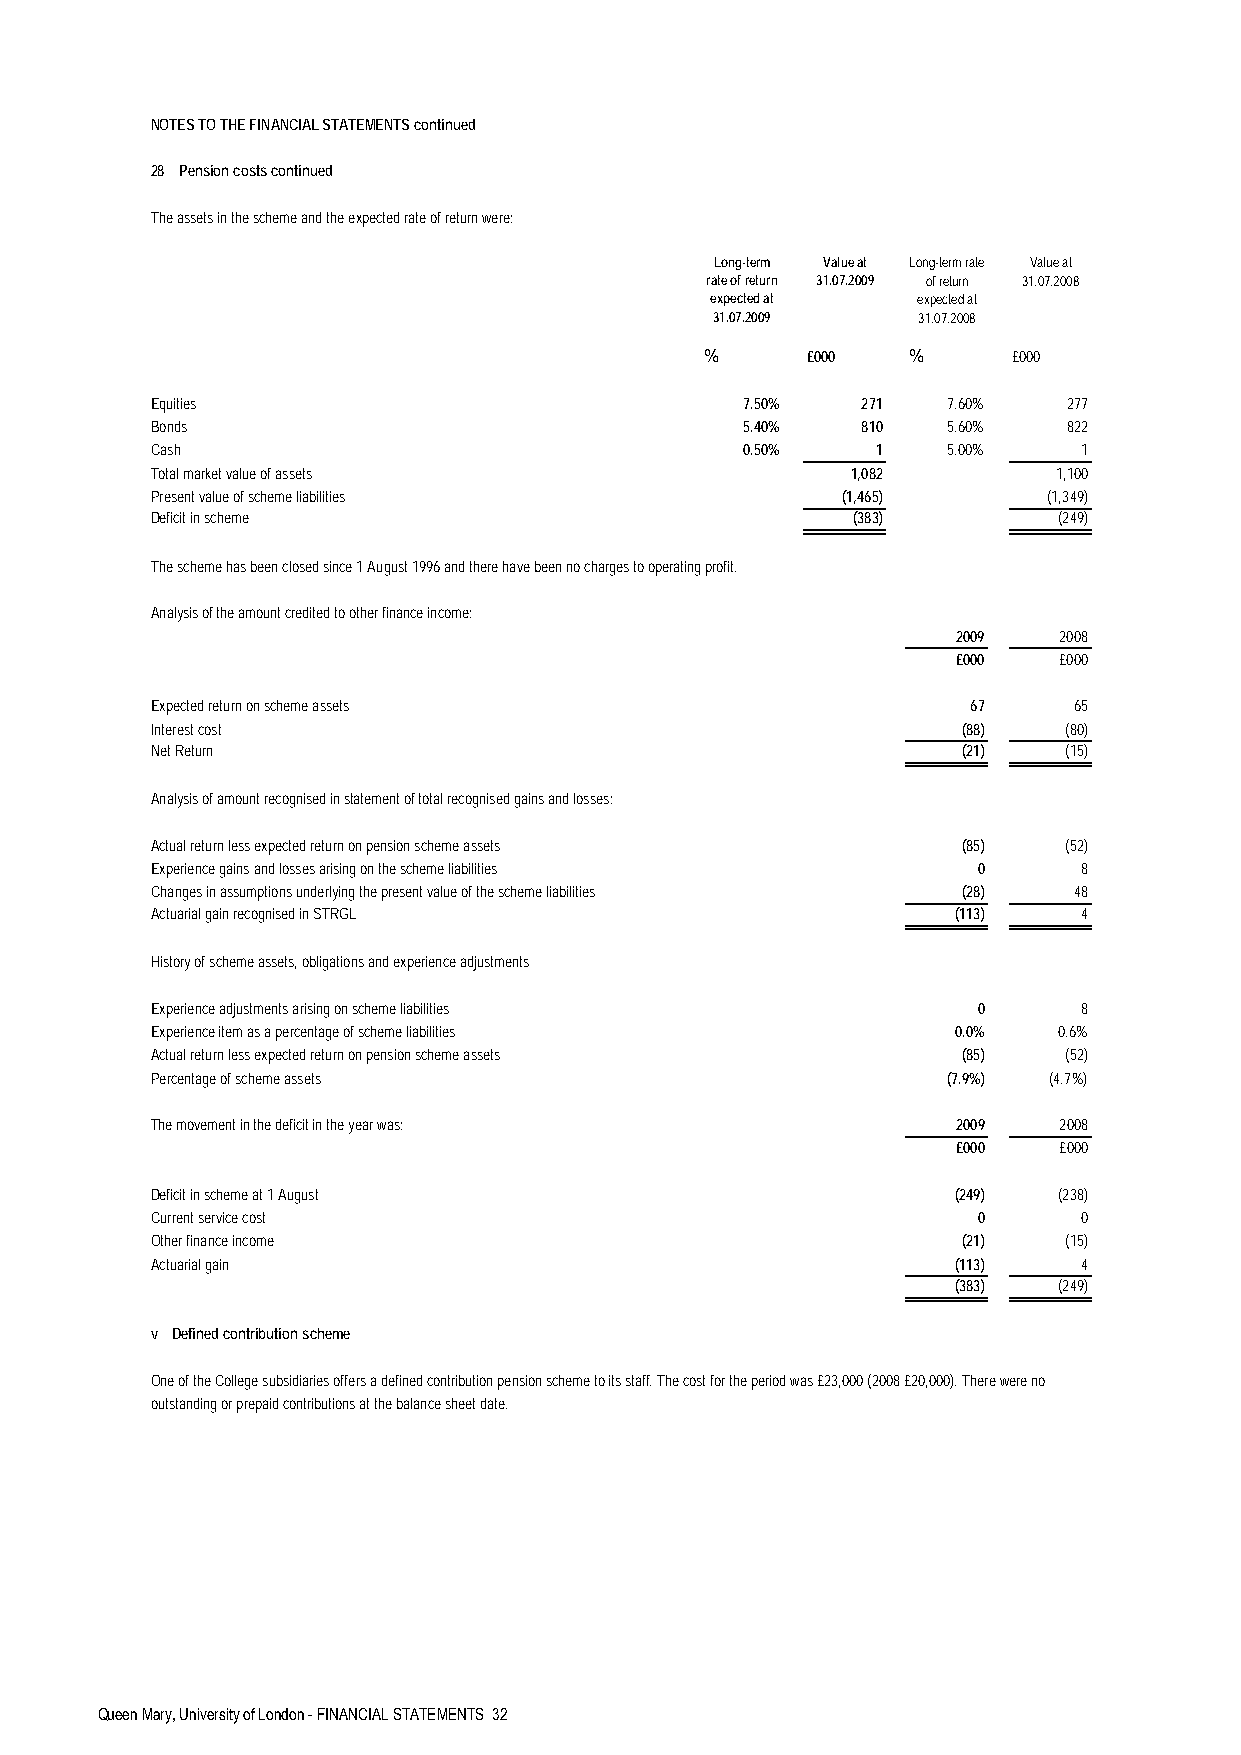
NOTES TO THE FINANCIAL STATEMENTS continued
 28 Pension costs continued
 The assets in the scheme and the expected rate of return were:
 Long-term Value at Long-term rate Value at
 rate of return 31.07.2009 of return 31.07.2008
 expected at   expected at
 31.07.2009    31.07.2008
 %     £000   %      £000
 Equities                               7.50%   271   7.60%   277
 Bonds                                  5.40%   810   5.60%   822
 Cash                                   0.50%    1    5.00%    1
 Total market value of assets                  1,082         1,100
 Present value of scheme liabilities           (1,465)      (1,349)
 Deficit in scheme                             (383)         (249)
 The scheme has been closed since 1 August 1996 and there have been no charges to operating profit.
 Analysis of the amount credited to other finance income:
 2009   2008
 £000   £000
 Expected return on scheme assets                      67     65
 Interest cost                                         (88)  (80)
 Net Return                                            (21)  (15)
 Analysis of amount recognised in statement of total recognised gains and losses:
 Actual return less expected return on pension scheme assets (85) (52)
 Experience gains and losses arising on the scheme liabilities 0 8
 Changes in assumptions underlying the present value of the scheme liabilities (28) 48
 Actuarial gain recognised in STRGL                   (113)    4
 History of scheme assets, obligations and experience adjustments
 Experience adjustments arising on scheme liabilities   0      8
 Experience item as a percentage of scheme liabilities 0.0%  0.6%
 Actual return less expected return on pension scheme assets (85) (52)
 Percentage of scheme assets                          (7.9%) (4.7%)
 The movement in the deficit in the year was:         2009   2008
 £000   £000
 Deficit in scheme at 1 August                        (249)  (238)
 Current service cost                                   0      0
 Other finance income                                  (21)  (15)
 Actuarial gain                                       (113)    4
 (383)  (249)
 v Defined contribution scheme
 One of the College subsidiaries offers a defined contribution pension scheme to its staff. The cost for the period was £23,000 (2008 £20,000). There were no
 outstanding or prepaid contributions at the balance sheet date.
 Queen Mary, University of London - FINANCIAL STATEMENTS 32